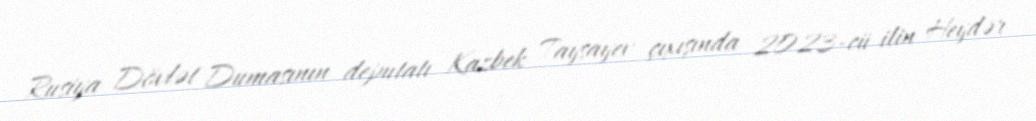
Rusiya Dövlət Dumasının deputatı Kazbek Taysayev çıxışında 2023-cü ilin Heydər